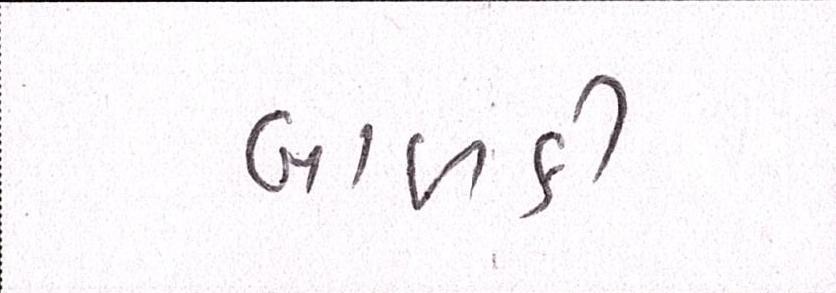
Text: બાળકી